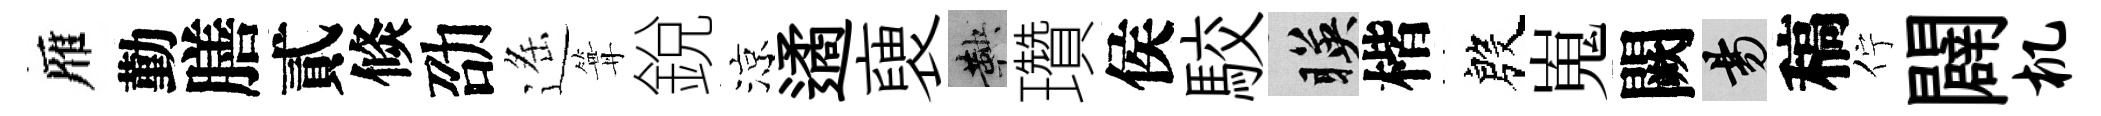
雁勤膳貳倐劭遥篝銳涼遹褏鞅瓚侯駮暎楷殷嵬闕昜稿佇闢机